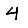
Digit: 4